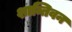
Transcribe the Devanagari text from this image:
शान्तिवन